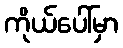
ကိုယ်ပေါ်မှာ